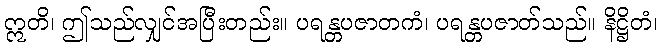
ဣတိ၊ ဤသည်လျှင်အပြီးတည်း။ ပရန္တပဇာတကံ၊ ပရန္တပဇာတ်သည်။ နိဋ္ဌိတံ၊